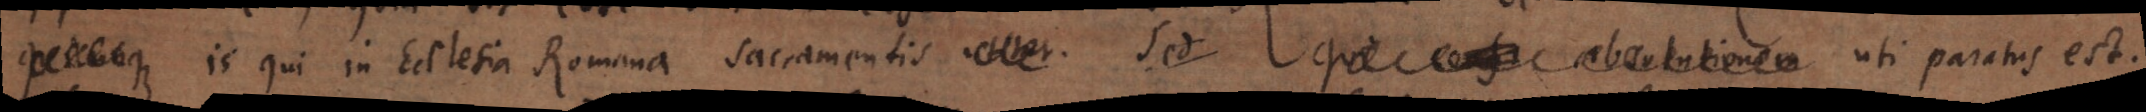
is qui in Ecclesia Romana sacramentis utitur. Sed Qui cens absolutionem uti paratus est.